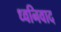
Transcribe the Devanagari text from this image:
ध्वनिवाद